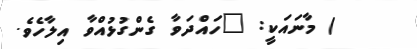
) މާނައަކީ: "ހައްދަވާ ގެންގުޅުއްވާ އިލާހެވެ.